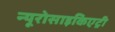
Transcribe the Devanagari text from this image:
न्यूरोसाइकिएट्री